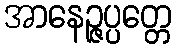
အာနေဉ္ဇပ္ပတ္တေ